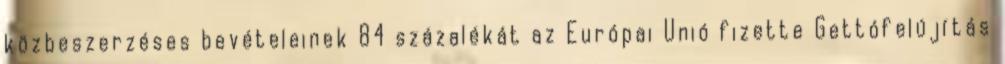
közbeszerzéses bevételeinek 84 százalékát az Európai Unió fizette Gettófelújítás